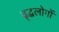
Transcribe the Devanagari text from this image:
वृद्धलोगों